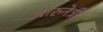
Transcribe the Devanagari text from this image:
चारुनेत्री